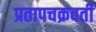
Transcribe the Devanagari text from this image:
प्रतापचक्रवर्ती